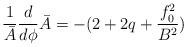
LaTeX: \begin{align*}\frac{1}{\bar{A}} \frac{d}{d \phi} \bar{A} = - ( 2 + 2q+ \frac{f_0^2 }{B^2} )\end{align*}